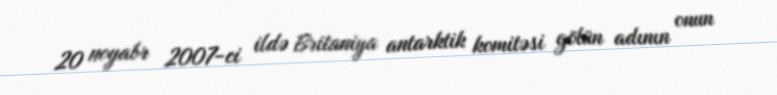
20 noyabr 2007-ci ildə Britaniya antarktik komitəsi gölün adının onun